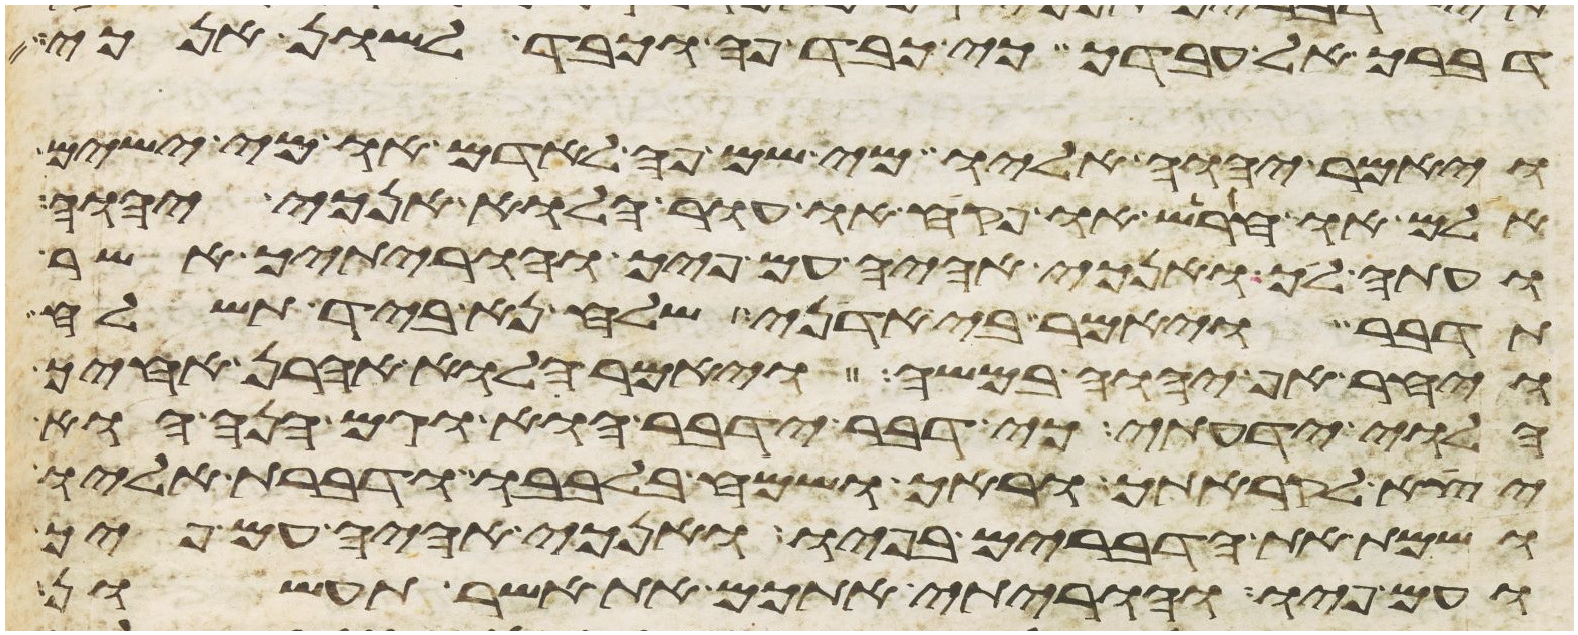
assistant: דברך אל עבדך כי כבד פה וכבד לשון אנכי
ויאמר יהוה אליו מי שם פה לאדם או מי ישים
אלם או חרש או פקח או עור הלוא אנכי יהוה
ועתה לך ואנכי אהיה עם פיך והוריתיך אשר
תדבר ויאמר בי אדני שלח נא ביד תשלח
ויחר אף יהוה במשה ויאמר הלוא אהרן אחיך
הלוי ידעתי כי דבר ידבר הוא וגם הנה הוא
יצא לקראתך וראך ושמח בלבבו ודברת אליו
ושמת את הדברים בפיו ואנכי אהיה עם פיך
ועם פיו והוריתי אתכם את אשר תעשון